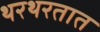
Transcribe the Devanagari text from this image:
थरथरतात